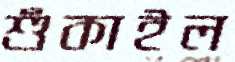
শুঁকাইল